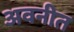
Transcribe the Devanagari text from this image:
अवनीत